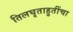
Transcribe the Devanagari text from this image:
तिलघृताहुतींचा